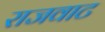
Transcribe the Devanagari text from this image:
राजवाट